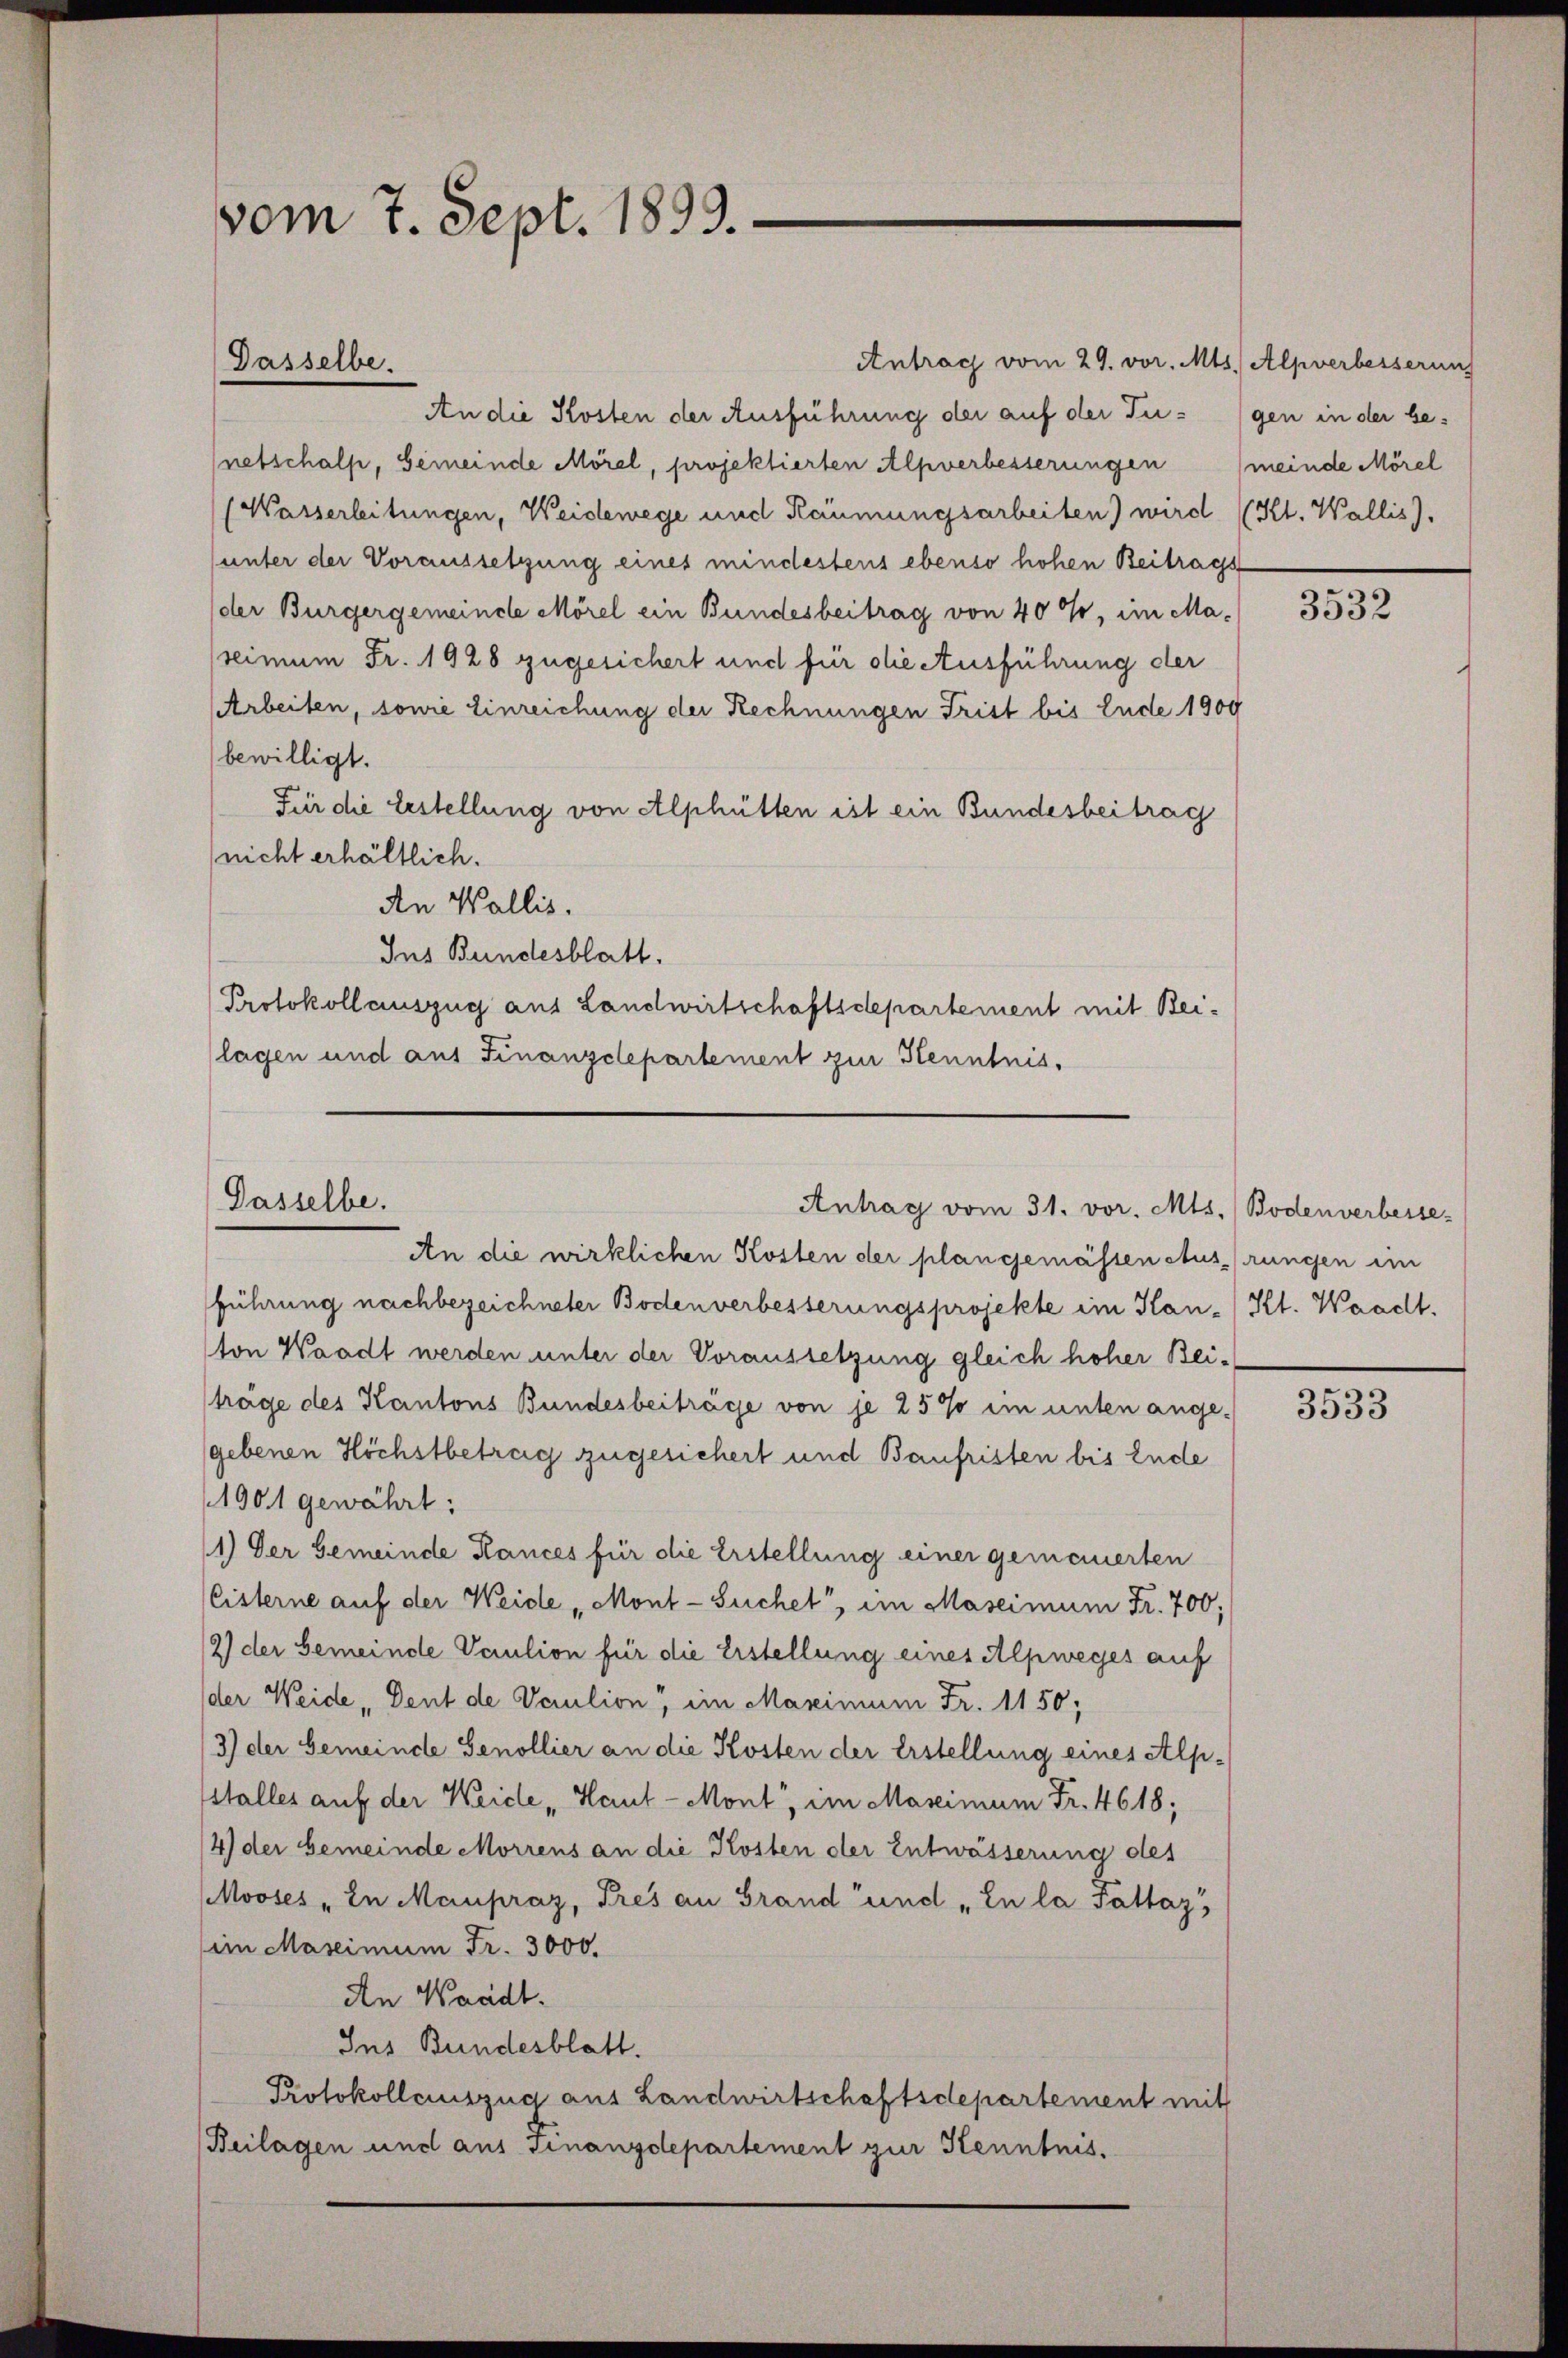
vom 7. Sept. 1893.

Dasselbe.

Dasselbe.

Antrag vom 29. vor. Mts. Alpverbesserung
An die Kosten der Ausführung der auf der Tugen in der benetschalp, Gemeinde Morel, projektierten Alpverbesserungen (meinde Mörel
(Wasserleitungen, Weidewege und Räumungsarbeiten) wird (Kl. Wallis).
unter der Voraussetzung eines mindestens ebenso hohen Beitragst
der Bürgergemeindle Morel ein Bundesbeitrag von 40%, im Maseimum Fr. 1928 zugesichert und für die Ausführung der
(Arbeiten, sowie Einreichung der Rechnungen Frist bis Ende 1900
bewilligt.
Für die bestellung von Alphütten ist ein Bundesbeitrag
(nicht erhältlich.
An Wallis.
Ins Bundesblatt.
Protokollauszug aus Landwirtschaftsdepartement mit Bei-
lagen und aus Finanzdepartement zur Kenntnis¬

Antrag vom 31. vor. Mts. Bodenverbesse-

An die wirklichen Kosten der plan gemässen Ausprungen im
führung nachbezeichneter Bodenverbesserungsprojekte im Han- Kt. Waadt.
ton Waadt werden unter der Voraussetzung gleich hoher Bei-
träge des Kantons Bundesbeiträge von je 2500 im unten ange-
gebenen Höchstbetrag zugesichert und Baufristen bis Ende
1901 gewährt:
1) Der Gemeinde Rances für die Erstellung einer gemeinerten
(eisterne auf der Weide „Mont-Suchet, im Maseimum Fr. 700;
12) der Gemeinde Vaution für die Erstellung eines Alpweges auf
der Weide Dent de Vaution“, im Maximum Fr. 1150;
3) der Gemeinde Genollier an die Kosten der Erstellung eines Alpstalles auf der Weide „Haut-Mont“, im Maseimum Fr. 4618;
4) der Gemeinde Morrens an die Kosten der Entwässerung des
Mooses „In Manpraz, Pres an Grand und „En la fattaz
im Maseimum Fr. 3000.
An Waadt.
Ins Bundesblatt.
Protokollauszug aus Landwirtschaftsdepartement mit
Beilagen und aus Finanzdepartement zur Kenntnis.

3532

3533